Scottish Certificate of Education, 1962
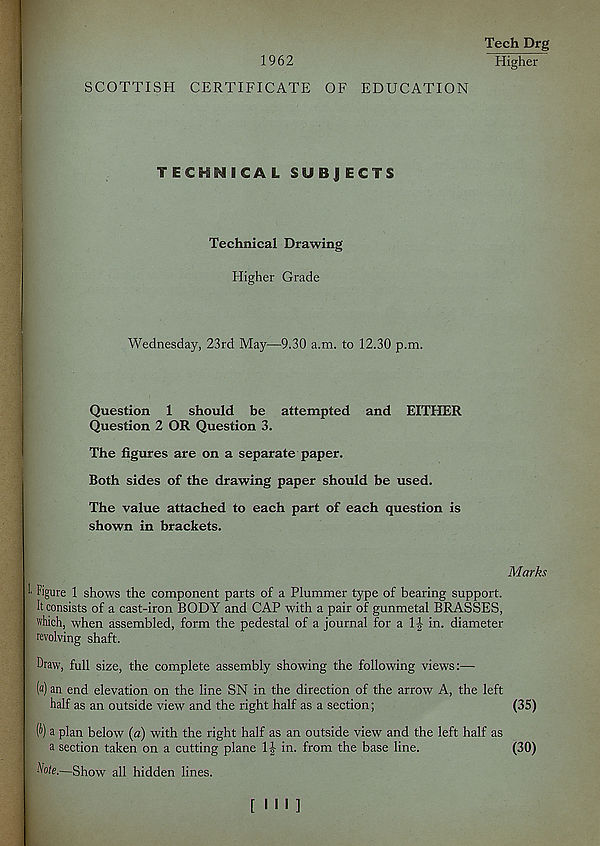
Tech Drg
1962
Higher
SCOTTISH CERTIFICATE OF EDUCATION
TECHNICAL SUBJECTS
Technical Drawing
Higher Grade
Wednesday, 23rd May—9.30 a.m. to 12.30 p.m.
Question 1 should be attempted and EITHER
Question 2 OR Question 3.
The figures are on a separate paper.
Both sides of the drawing paper should be used.
The value attached to each part of each question is
shown in brackets.
figure 1 shows the component parts of a Plummer type of bearing support.
It consists of a cast-iron BODY and CAP with a pair of gunmetal BRASSES,
which, when assembled, form the pedestal of a journal for a 1J in. diameter
revolving shaft.
Draw, full size, the complete assembly showing the following views:—
( a ) an end elevation on the line SN in the direction of the arrow A, the left
half as an outside view and the right half as a section;
a plan below {a) with the right half as an outside view and the left half as
a section taken on a cutting plane 1| in. from the base line.
A'ote.—Show all hidden lines.
Marks
(35)
(30)
[III]